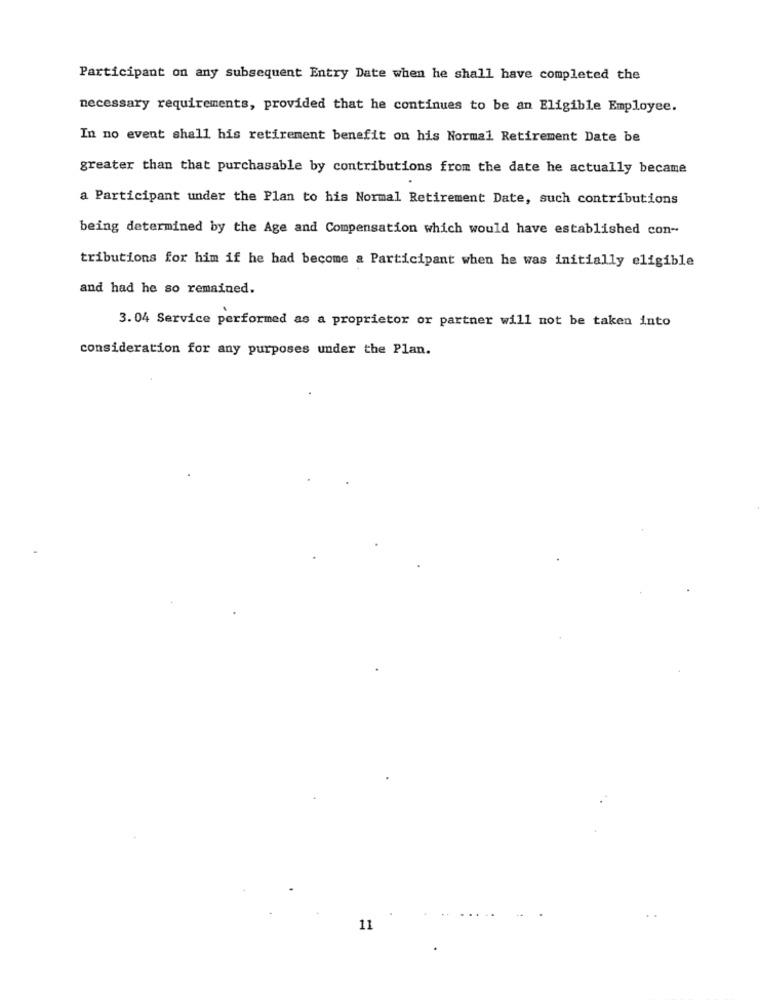
Participant on any subsequent Entry Date when he shall have completed the
necessary requirements, provided that he continues to be an Eligible Employee.
In no event shall his retirement benefit on his Normal Retirement Date be
greater than that purchasable by contributions from the date he actually became
a Participant under the Plan to his Normal Retirement Date, such contributions
being determined by the Age and Compensation which would have established con-
tributions for him if he had become a Participant when he was initially eligible
and had he so remained.
3.04 Service performed as a proprietor or partner will not be taken into
consideration for any purposes under the Plan.
...
11